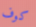
كوف